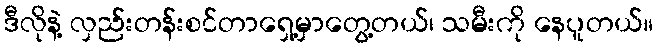
ဒီလိုနဲ့ လှည်းတန်းစင်တာရှေ့မှာတွေ့တယ်၊ သမီးကို နေပူတယ်။